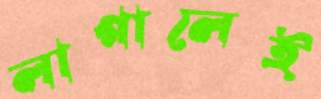
লাগালেই